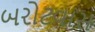
બરોટવાસ